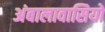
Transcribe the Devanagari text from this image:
अंबालावासियों